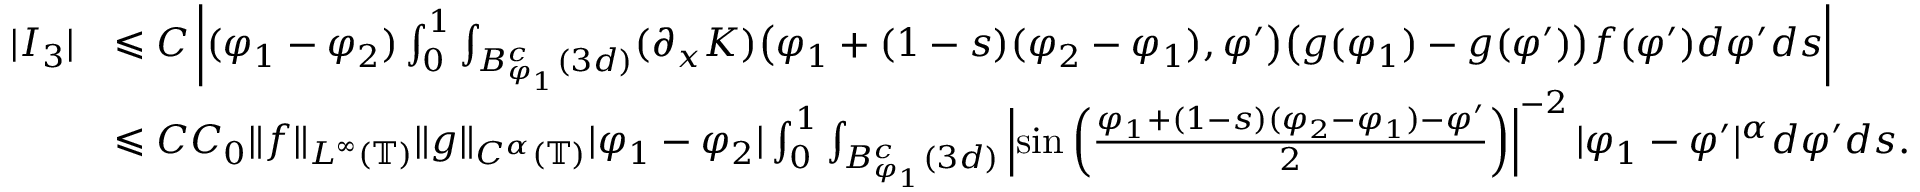
\begin{array} { r l } { | I _ { 3 } | } & { \leqslant C \left| ( \varphi _ { 1 } - \varphi _ { 2 } ) \int _ { 0 } ^ { 1 } \int _ { B _ { \varphi _ { 1 } } ^ { c } ( 3 d ) } ( \partial _ { x } K ) \big ( \varphi _ { 1 } + ( 1 - s ) ( \varphi _ { 2 } - \varphi _ { 1 } ) , \varphi ^ { \prime } \big ) \big ( g ( \varphi _ { 1 } ) - g ( \varphi ^ { \prime } ) \big ) f ( \varphi ^ { \prime } ) d \varphi ^ { \prime } d s \right| } \\ & { \leqslant C C _ { 0 } \| f \| _ { L ^ { \infty } ( \mathbb { T } ) } \| g \| _ { C ^ { \alpha } ( \mathbb { T } ) } | \varphi _ { 1 } - \varphi _ { 2 } | \int _ { 0 } ^ { 1 } \int _ { B _ { \varphi _ { 1 } } ^ { c } ( 3 d ) } \left| \sin \left( \frac { \varphi _ { 1 } + ( 1 - s ) ( \varphi _ { 2 } - \varphi _ { 1 } ) - \varphi ^ { \prime } } { 2 } \right) \right| ^ { - 2 } | \varphi _ { 1 } - \varphi ^ { \prime } | ^ { \alpha } d \varphi ^ { \prime } d s . } \end{array}